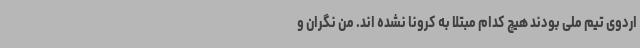
اردوی تیم ملی بودند هیچ کدام مبتلا به کرونا نشده اند. من نگران و